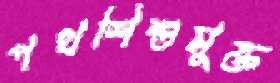
পথশিশুমুক্ত